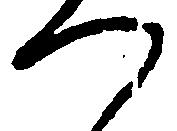
つ